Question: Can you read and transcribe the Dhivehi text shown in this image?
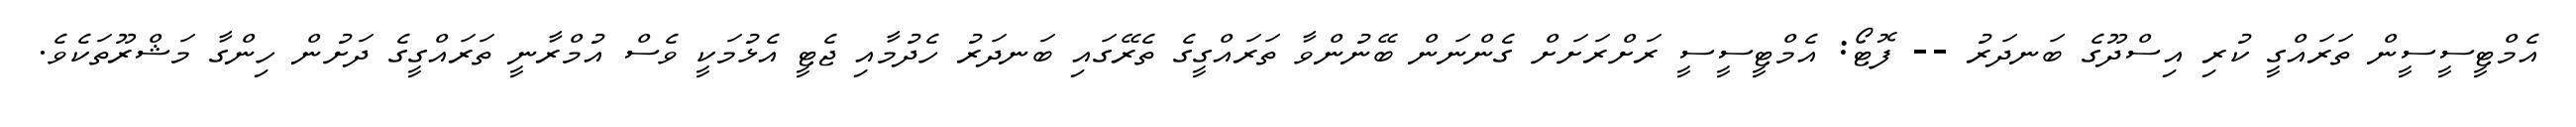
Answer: އެމްޓީސީސީން ތަރައްގީ ކުރި އިސްދޫގެ ބަނދަރު -- ފޮޓޯ: އެމްޓީސީސީ ރަށްރަށަށް ގެންނަން ބޭނުންވާ ތަރައްގީގެ ތެރޭގައި ބަނދަރު ހެދުމާއި ޖެޓީ އެޅުމަކީ ވެސް އުމްރާނީ ތަރައްގީގެ ދަށުން ހިންގާ މަޝްރޫތަކެވެ.